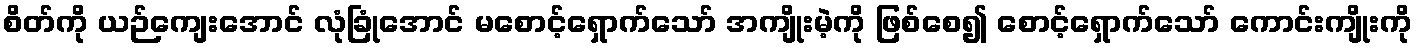
စိတ်ကို ယဉ်ကျေးအောင် လုံခြုံအောင် မစောင့်ရှောက်သော် အကျိုးမဲ့ကို ဖြစ်စေ၍ စောင့်ရှောက်သော် ကောင်းကျိုးကို